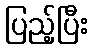
ပြည့်ပြီး